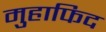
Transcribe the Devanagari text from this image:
मुहाफिद